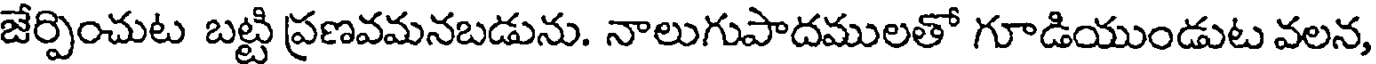
జేర్పించుట బట్టి ప్రణవమనబడును. నాలుగుపాదములతో గూడియుండుట వలన,